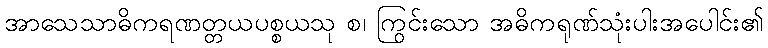
အာသေသာဓိကရဏတ္တယပစ္စယသု စ၊ ကြွင်းသော အဓိကရုဏ်သုံးပါးအပေါင်း၏